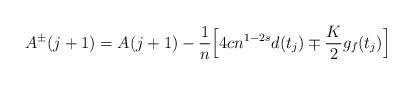
LaTeX: \begin{align*}A^\pm(j+1)=A(j+1)- \frac{1}{n}\Bigl[4cn^{1-2s}d(t_{j})\mp \frac{K}{2}g_f(t_{j})\Bigr]\end{align*}